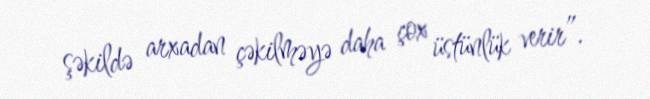
şəkildə arxadan çəkilməyə daha çox üstünlük verir”.